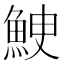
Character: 𩶳